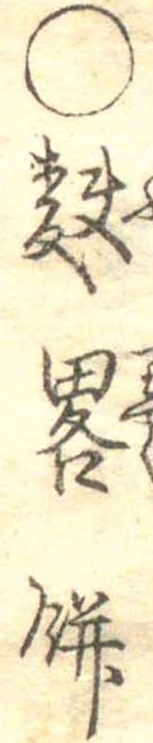
○麩略餅